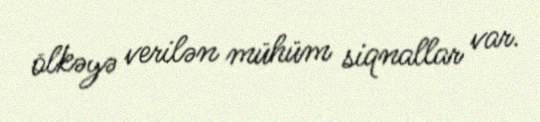
ölkəyə verilən mühüm siqnallar var.